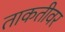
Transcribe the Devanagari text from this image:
ताकतीवर